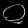
Digit: ၀